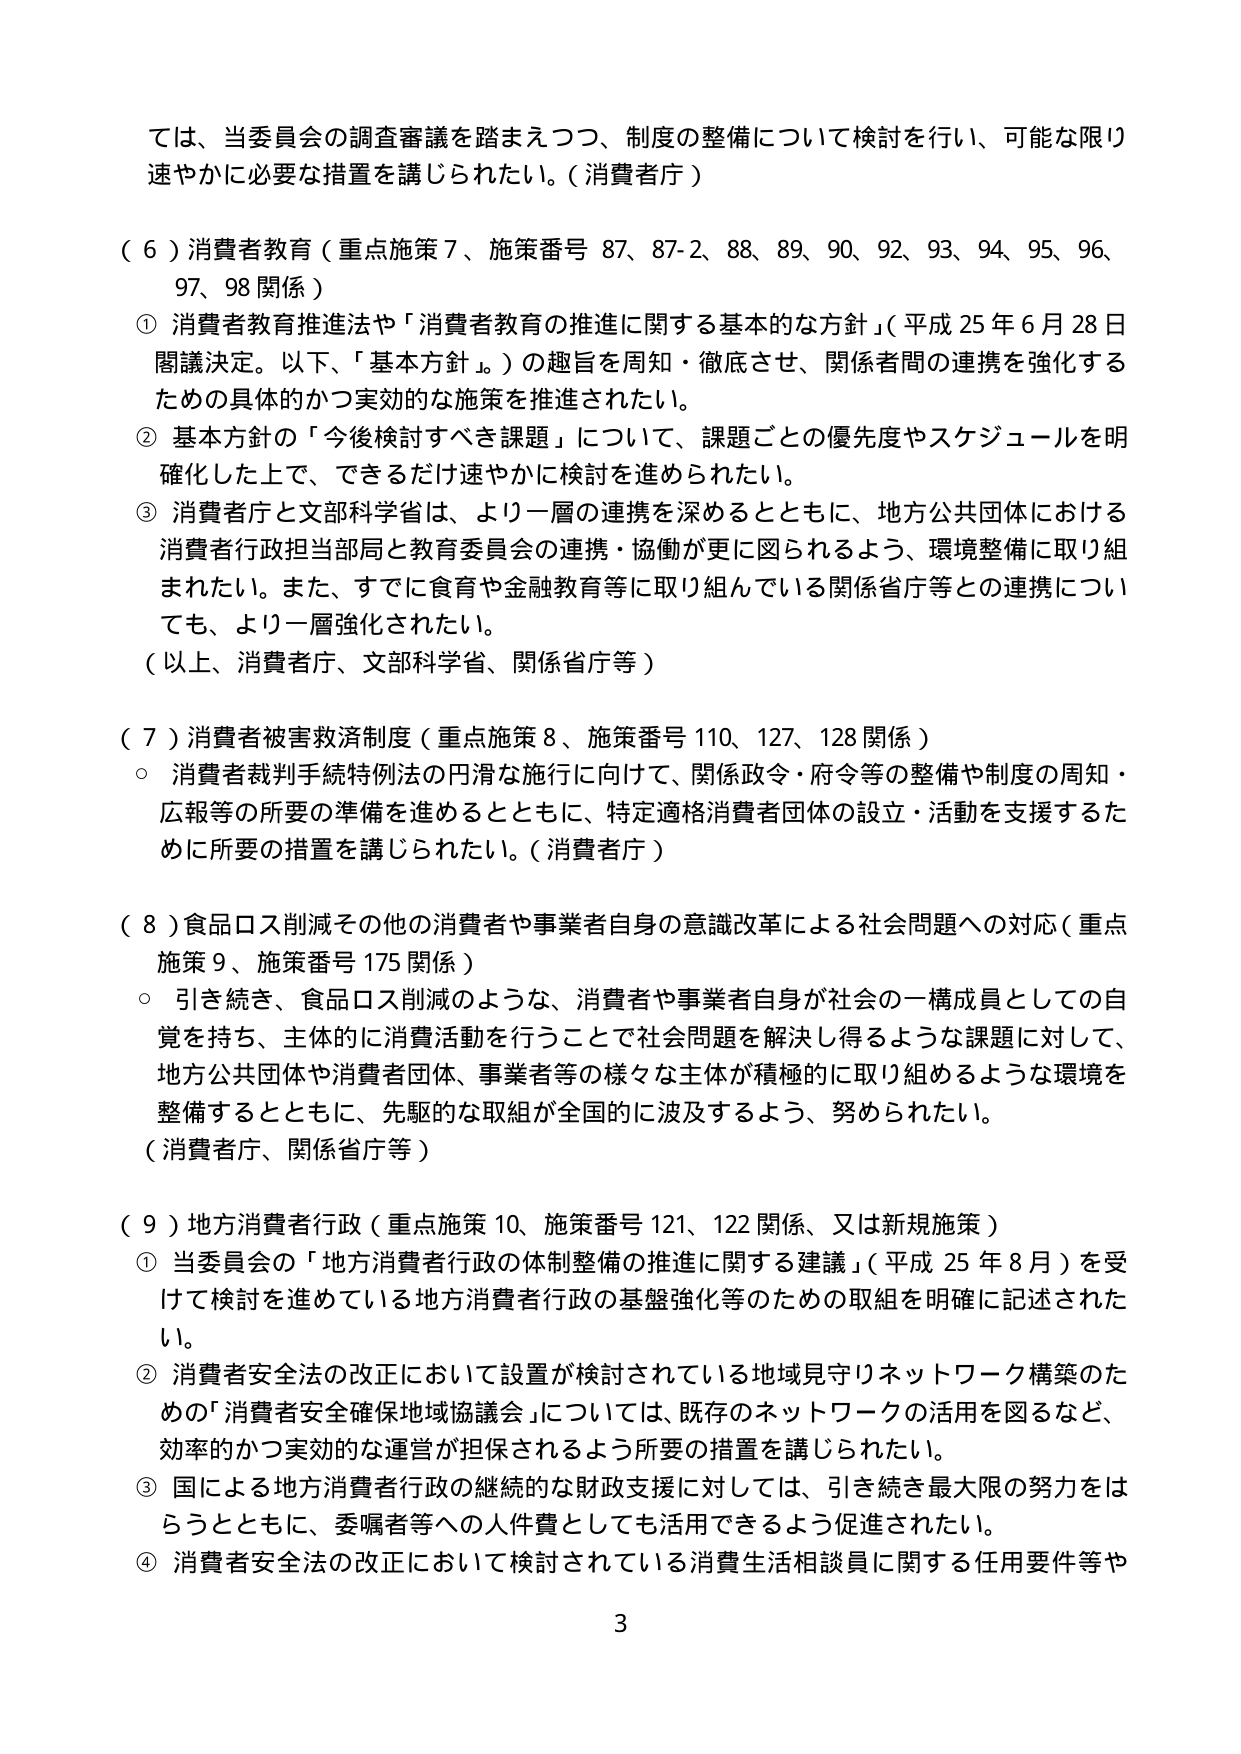
ては、当委員会の調査審議を踏まえつつ、制度の整備について検討を行い、可能な限り速やかに必要な措置を講じられたい。（消費者庁）

（６）消費者教育（重点施策７、施策番号 87、87-2、88、89、90、92、93、94、95、96、97、98 関係）
① 消費者教育推進法や「消費者教育の推進に関する基本的な方針」（平成25年6月28日閣議決定。以下、「基本方針」。）の趣旨を周知・徹底させ、関係者間の連携を強化するための具体的かつ実効的な施策を推進されたい。
② 基本方針の「今後検討すべき課題」について、課題ごとの優先度やスケジュールを明確化した上で、できるだけ速やかに検討を進められたい。
③ 消費者庁と文部科学省は、より一層の連携を深めるとともに、地方公共団体における消費者行政担当部局と教育委員会の連携・協働が更に図られるよう、環境整備に取り組まれたい。また、すでに食育や金融教育等に取り組んでいる関係省庁等との連携についても、より一層強化されたい。
（以上、消費者庁、文部科学省、関係省庁等）

（７）消費者被害救済制度（重点施策８、施策番号 110、127、128 関係）
○ 消費者裁判手続特例法の円滑な施行に向けて、関係政令・府令等の整備や制度の周知・広報等の所要の準備を進めるとともに、特定適格消費者団体の設立・活動を支援するために所要の措置を講じられたい。（消費者庁）

（８）食品ロス削減その他の消費者や事業者自身の意識改革による社会問題への対応（重点施策９、施策番号 175 関係）
○ 引き続き、食品ロス削減のような、消費者や事業者自身が社会の一構成員としての自覚を持ち、主体的に消費活動を行うことで社会問題を解決し得るような課題に対して、地方公共団体や消費者団体、事業者等の様々な主体が積極的に取り組めるような環境を整備するとともに、先駆的な取組が全国的に波及するよう、努められたい。
（消費者庁、関係省庁等）

（９）地方消費者行政（重点施策10、施策番号 121、122 関係、又は新規施策）
① 当委員会の「地方消費者行政の体制整備の推進に関する建議」（平成25年8月）を受けて検討を進めている地方消費者行政の基盤強化等のための取組を明確に記述されたい。
② 消費者安全法の改正において設置が検討されている地域見守りネットワーク構築のための「消費者安全確保地域協議会」については、既存のネットワークの活用を図るなど、効率的かつ実効的な運営が担保されるよう所要の措置を講じられたい。
③ 国による地方消費者行政の継続的な財政支援に対しては、引き続き最大限の努力をはらうとともに、委嘱者等への人件費としても活用できるよう促進されたい。
④ 消費者安全法の改正において検討されている消費生活相談員に関する任用要件等や

3